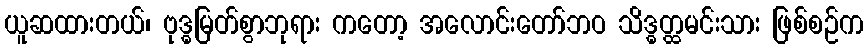
ယူဆထားတယ်၊ ဗုဒ္ဓမြတ်စွာဘုရား ကတော့ အလောင်းတော်ဘဝ သိဒ္ဓတ္ထမင်းသား ဖြစ်စဉ်က